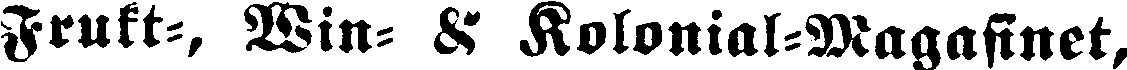
Frukt-, Win- & Kolonial-Magasinet,